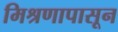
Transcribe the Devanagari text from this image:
मिश्रणापासून